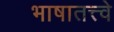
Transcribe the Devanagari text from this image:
भाषातत्त्वे